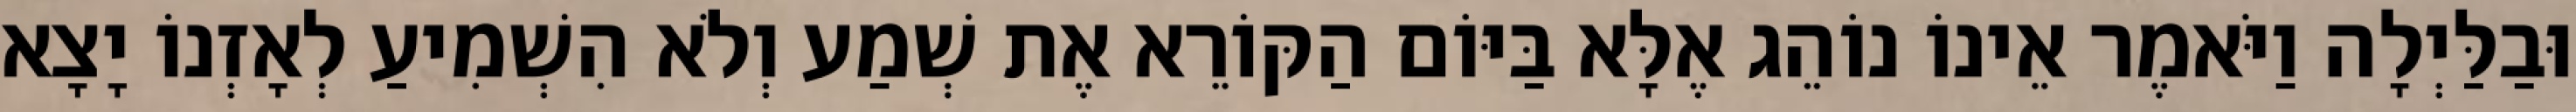
וּבַלַּיְלָה וַיֹּאמֶר אֵינוֹ נוֹהֵג אֶלָּא בַּיּוֹם הַקּוֹרֵא אֶת שְׁמַע וְלֹא הִשְׁמִיעַ לְאָזְנוֹ יָצָא